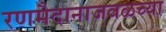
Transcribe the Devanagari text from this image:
रणमैदानाजवळच्या